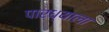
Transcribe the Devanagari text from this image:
पारध्याला